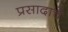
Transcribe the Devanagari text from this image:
प्रसादाचे